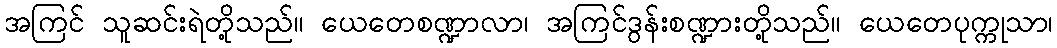
အကြင် သူဆင်းရဲတို့သည်။ ယေတေစဏ္ဍာလာ၊ အကြင်ဒွန်းစဏ္ဍားတို့သည်။ ယေတေပုက္ကုသာ၊